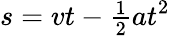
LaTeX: s=vt-{\begin{array}{l}{{\frac{1}{2}}}\end{array}}at^{2}